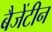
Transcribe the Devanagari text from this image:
बैजेंटीन